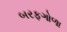
બરફગોળા